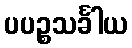
ပပဉ္စသင်္ခါယ